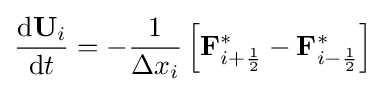
{\frac {\mathrm {d} \mathbf {U} _{i}}{\mathrm {d} t}}=-{\frac {1}{\Delta x_{i}}}\left[\mathbf {F} _{i+{\frac {1}{2}}}^{*}-\mathbf {F} _{i-{\frac {1}{2}}}^{*}\right]